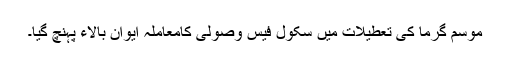
موسم گرما کی تعطیلات میں سکول فیس وصولی کامعاملہ ایوان بالاء پہنچ گیا۔